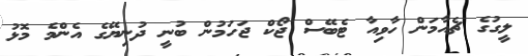
ލީގުގެ ޗެއާމަން ހާވިއާ ޓެބޭސް ޖޯކް ޖަހަމުން ބުނީ ދުނިޔޭގެ އެންމެ މޮޅު